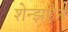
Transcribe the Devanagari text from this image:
शेन्झहेन